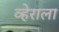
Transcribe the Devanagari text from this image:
व्हेराला